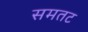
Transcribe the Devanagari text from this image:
समतट